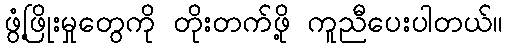
ဖွံ့ဖြိုးမှုတွေကို တိုးတက်ဖို့ ကူညီပေးပါတယ်။